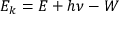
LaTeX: E _ { k } = E + h \nu - W